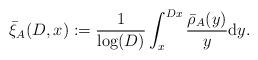
LaTeX: \begin{align*}\bar{\xi}_A(D,x) := \frac{1}{\log(D)} \int_x^{Dx} \frac{\bar{\rho}_A(y)}{y} \mathrm{d}y.\end{align*}